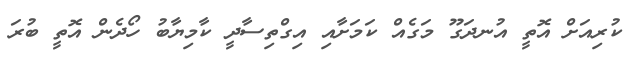
ކުރިއަށް އޮތީ އުނދަގޫ މަގެއް ކަމަށާއި އިގްތިސާދީ ކާމިޔާބު ހޯދެން އޮތީ ބުރަ